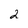
Character: 2